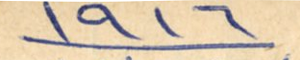
١٩١٦